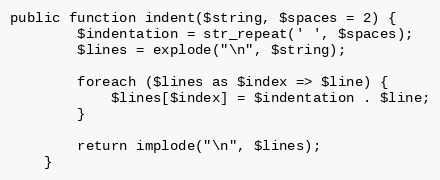
Language: PHP
public function indent($string, $spaces = 2) {
        $indentation = str_repeat(' ', $spaces);
        $lines = explode("\n", $string);

        foreach ($lines as $index => $line) {
            $lines[$index] = $indentation . $line;
        }

        return implode("\n", $lines);
    }